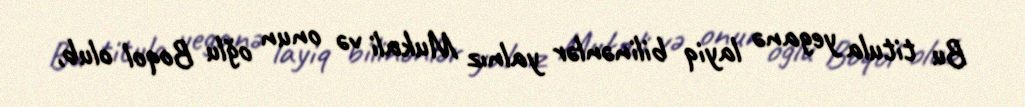
Bu titula yeganə layiq bilinənlər yalnız Mukali və onun oğlu Boqol olub,